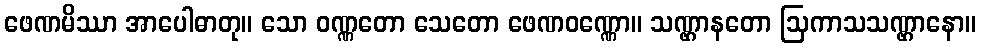
ဖေဏမိဿာ အာပေါဓာတု။ သော ဝဏ္ဏတော သေတော ဖေဏဝဏ္ဏော။ သဏ္ဌာနတော ဩကာသသဏ္ဌာနော။